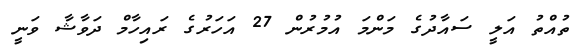
ތުއްތު އަލީ ސައާދުގެ މަންމަ އުމުރުން 27 އަހަރުގެ ރައިހާމް ދަވާޝާ ވަނީ